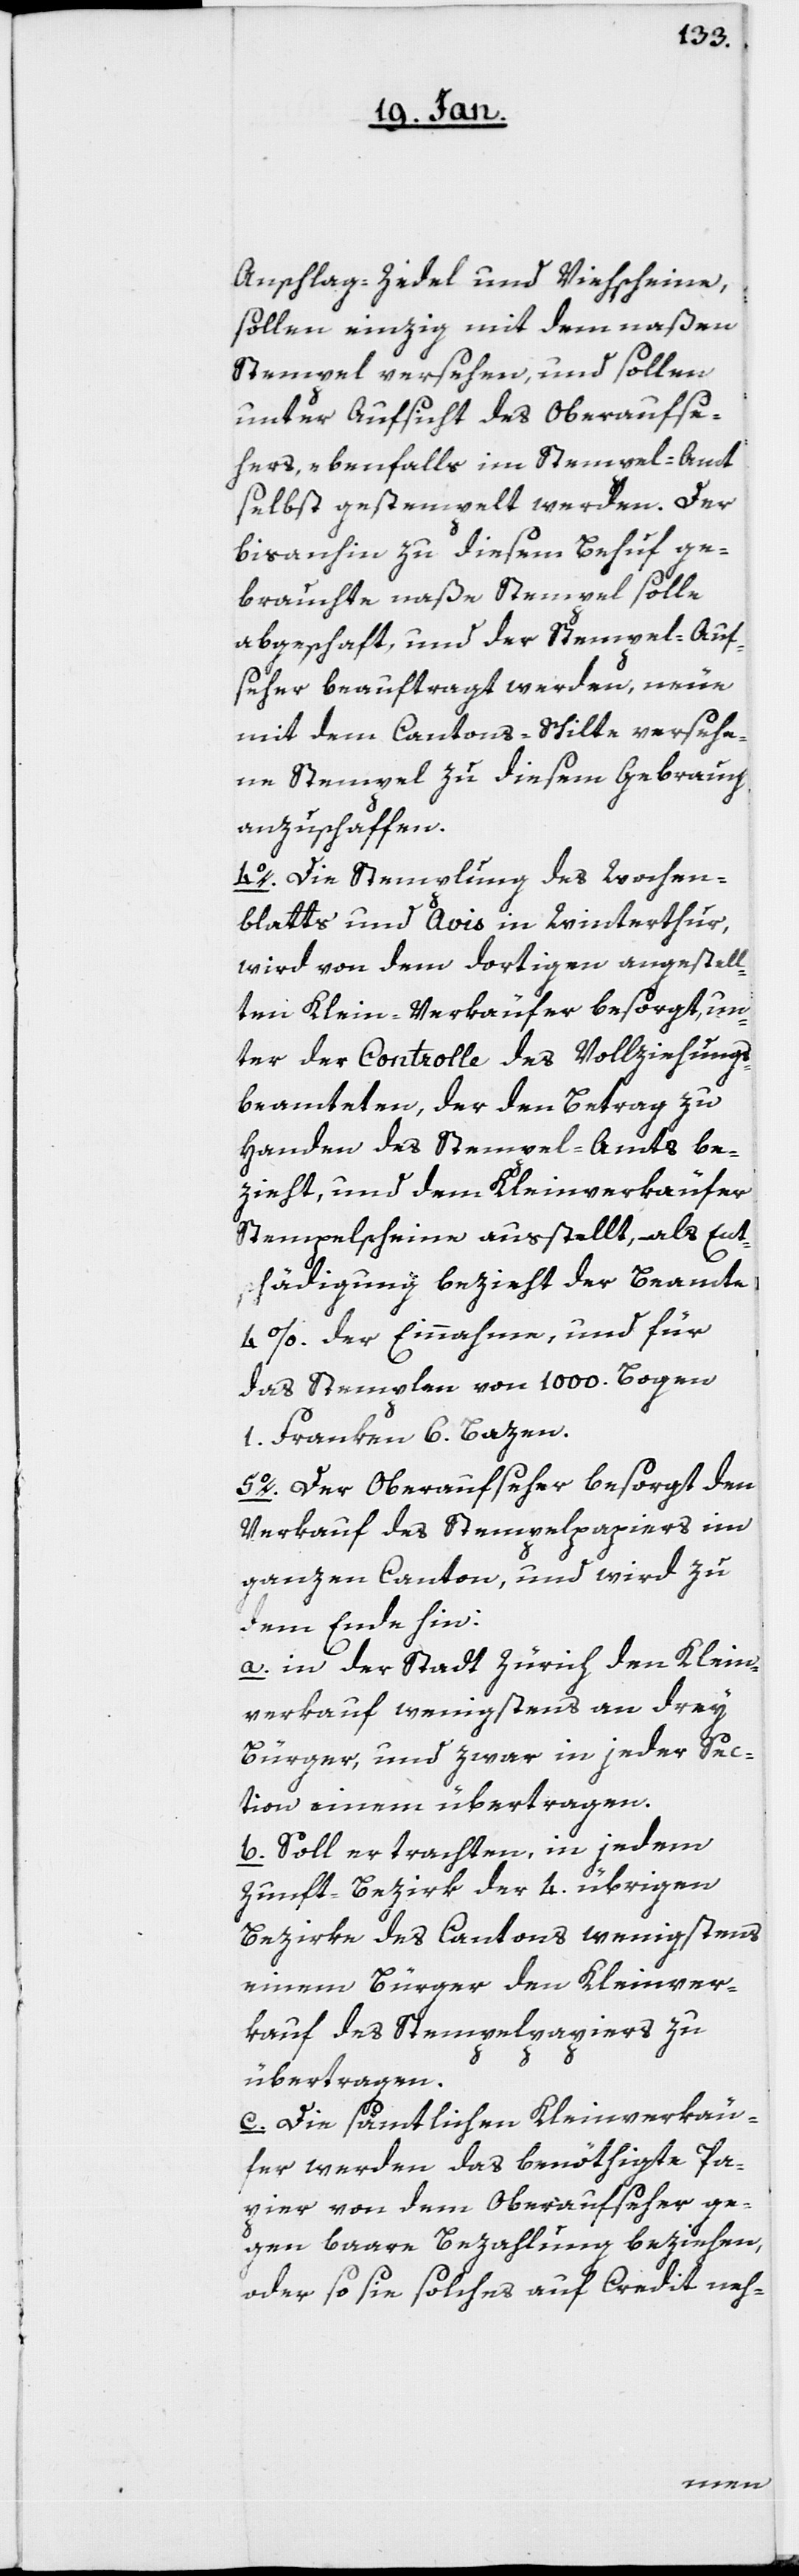
Anschlag-Zedel und Viehscheine,
sollen einzig mit dem naßen
Stempel versehen, und sollen
unter Aufsicht des Oberaufse¬
hers ebenfalls im Stempel-Amt
selbst gestempelt werden. Der
bis anhin zu diesem Behuf ge¬
brauchte naße Stempel solle
abgeschafft und der Stempel-Auf¬
seher beauftragt werden, neue
mit dem Cantons-Schilte versehe¬
ne Stempel zu diesem Gebrauch
anzuschaffen.
4o. Die Stemplung des Wochen¬
blatts und Avis in Winterthur,
wird von dem dortigen angestell¬
ten Klein-Verkäufer besorgt, un¬
ter der Controlle des Vollziehungs¬
beamteten, der den Betrag zu
Handen des Stempel-Amts be¬
zieht, und dem Kleinverkäufer
Stempelscheine ausstellt, als Ents¬
chädigung bezieht der Beamte
4 %. der Einnahme, und für
das Stempeln von 1000. Bogen
1. Franken 6. Bazen.
5o. Der Oberaufseher besorgt den
Verkauf des Stempelpapiers im
ganzen Canton, und wird zu
dem Ende hin:
a. in der Stadt Zürich den Klein¬
verkauf wenigstens an drey
Bürger, und zwar in jeder Sec¬
tion einem übertragen.
b. Soll er trachten, in jedem
Zunft-Bezirk der 4. übrigen
Bezirke des Cantons wenigstens
einem Bürger den Kleinver¬
kauf des Stempelpapiers zu
übertragen.
c. Die sämtlichen Kleinverkäu¬
fer werden das benöthigte Pa¬
pier von dem Oberaufseher ge¬
gen bare Bezahlung beziehen,
oder so sie solches auf Credit neh-